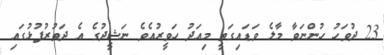
23 ދުވަހު ހުންނަވާ މާލެ ވަޑައިގަތީ މިއަދު ހަވީރުއެވެ ނަޝީދުގެ އެ ދަތުރުފުޅުގައި